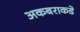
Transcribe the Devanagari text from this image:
अकबराकडे